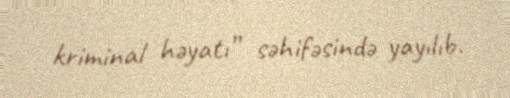
kriminal həyatı” səhifəsində yayılıb.